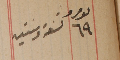
نمرو ٦٩ تسعة وستين